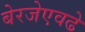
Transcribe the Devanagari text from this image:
बेरजेएवढे